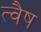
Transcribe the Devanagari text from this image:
त्वैष